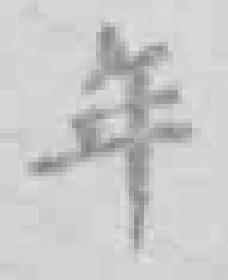
年